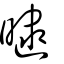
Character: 曃